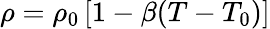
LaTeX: \rho=\rho_{0}\left[1-\beta(T-T_{0})\right]